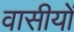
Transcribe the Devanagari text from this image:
वासीयों